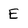
Character: E